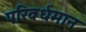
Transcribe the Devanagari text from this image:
परिवर्धमान